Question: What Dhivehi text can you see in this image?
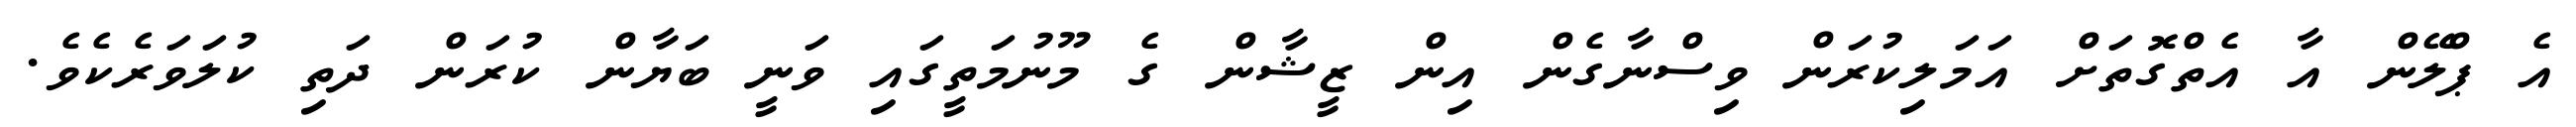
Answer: އެ ޕްލޭން އާ އެތްގޮތަށް އަމަލިކުރަން ވިސްނާގެން އިން ޒީޝާން ގެ މޫނުމަތީގައި ވަނީ ބަޔާން ކުރަން ދަތި ކުލަވަރެކެވެ.